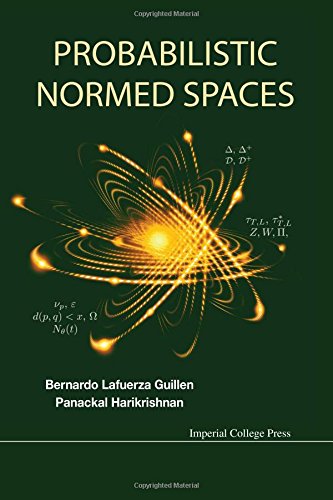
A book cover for Probabilistic Normed Spaces; Bernardo Lafuerza Guillen; Science & Math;